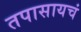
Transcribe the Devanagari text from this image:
तपासायचं